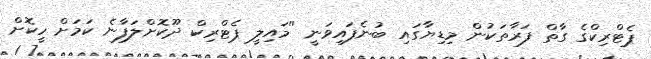
ޕެޓްރިކްގެ ގާތް ފަރާތަކުން މިޑިޔާގައި ބުނެފައިވަނީ ''މައިލީ ޕެޓްރިކް ދޫކޮށްލަފާނެ ކަމަށް ހީކޮށް